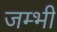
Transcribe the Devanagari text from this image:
जम्भी